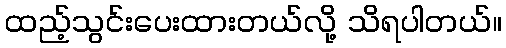
ထည့်သွင်းပေးထားတယ်လို့ သိရပါတယ်။